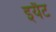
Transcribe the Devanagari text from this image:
इयैट